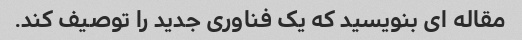
مقاله ای بنویسید که یک فناوری جدید را توصیف کند.